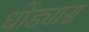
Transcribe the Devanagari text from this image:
धोंड्यास